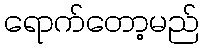
ရောက်တော့မည်